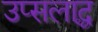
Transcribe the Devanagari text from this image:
उप्सलाद्ध